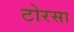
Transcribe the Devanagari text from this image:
टोरसा